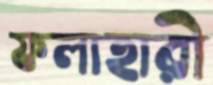
ফলাহারী